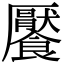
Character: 饜